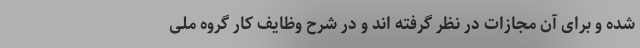
شده و برای آن مجازات در نظر گرفته اند و در شرح وظایف کار گروه ملی